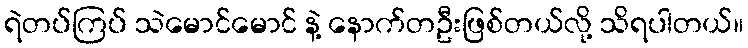
ရဲတပ်ကြပ် သဲမောင်မောင် နဲ့ နောက်တဦးဖြစ်တယ်လို့ သိရပါတယ်။